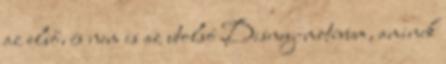
az első, és nem is az utolsó Disney-motívum, aminek